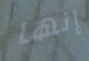
إنها